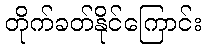
တိုက်ခတ်နိုင်ကြောင်း